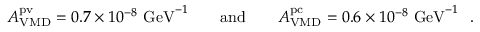
{ \cal A } _ { \mathrm { V M D } } ^ { \mathrm { p v } } = 0 . 7 \times 1 0 ^ { - 8 } ~ \mathrm { G e V } ^ { - 1 } \qquad \mathrm { a n d } \qquad { \cal A } _ { \mathrm { V M D } } ^ { \mathrm { p c } } = 0 . 6 \times 1 0 ^ { - 8 } ~ \mathrm { G e V } ^ { - 1 } \ \ .